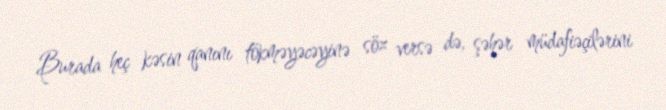
Burada heç kəsin qanını tökməyəcəyinə söz versə də, şəhər müdafiəçilərini